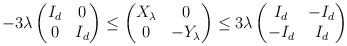
LaTeX: \begin{align*}- 3\lambda\begin{pmatrix}I_d & 0 \\0 & I_d\end{pmatrix}\le\begin{pmatrix}X_\lambda & 0 \\0 & -Y_\lambda\end{pmatrix}\le3\lambda\begin{pmatrix}I_d & -I_d \\-I_d & I_d\end{pmatrix}\end{align*}